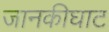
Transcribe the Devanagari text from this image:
जानकीघाट